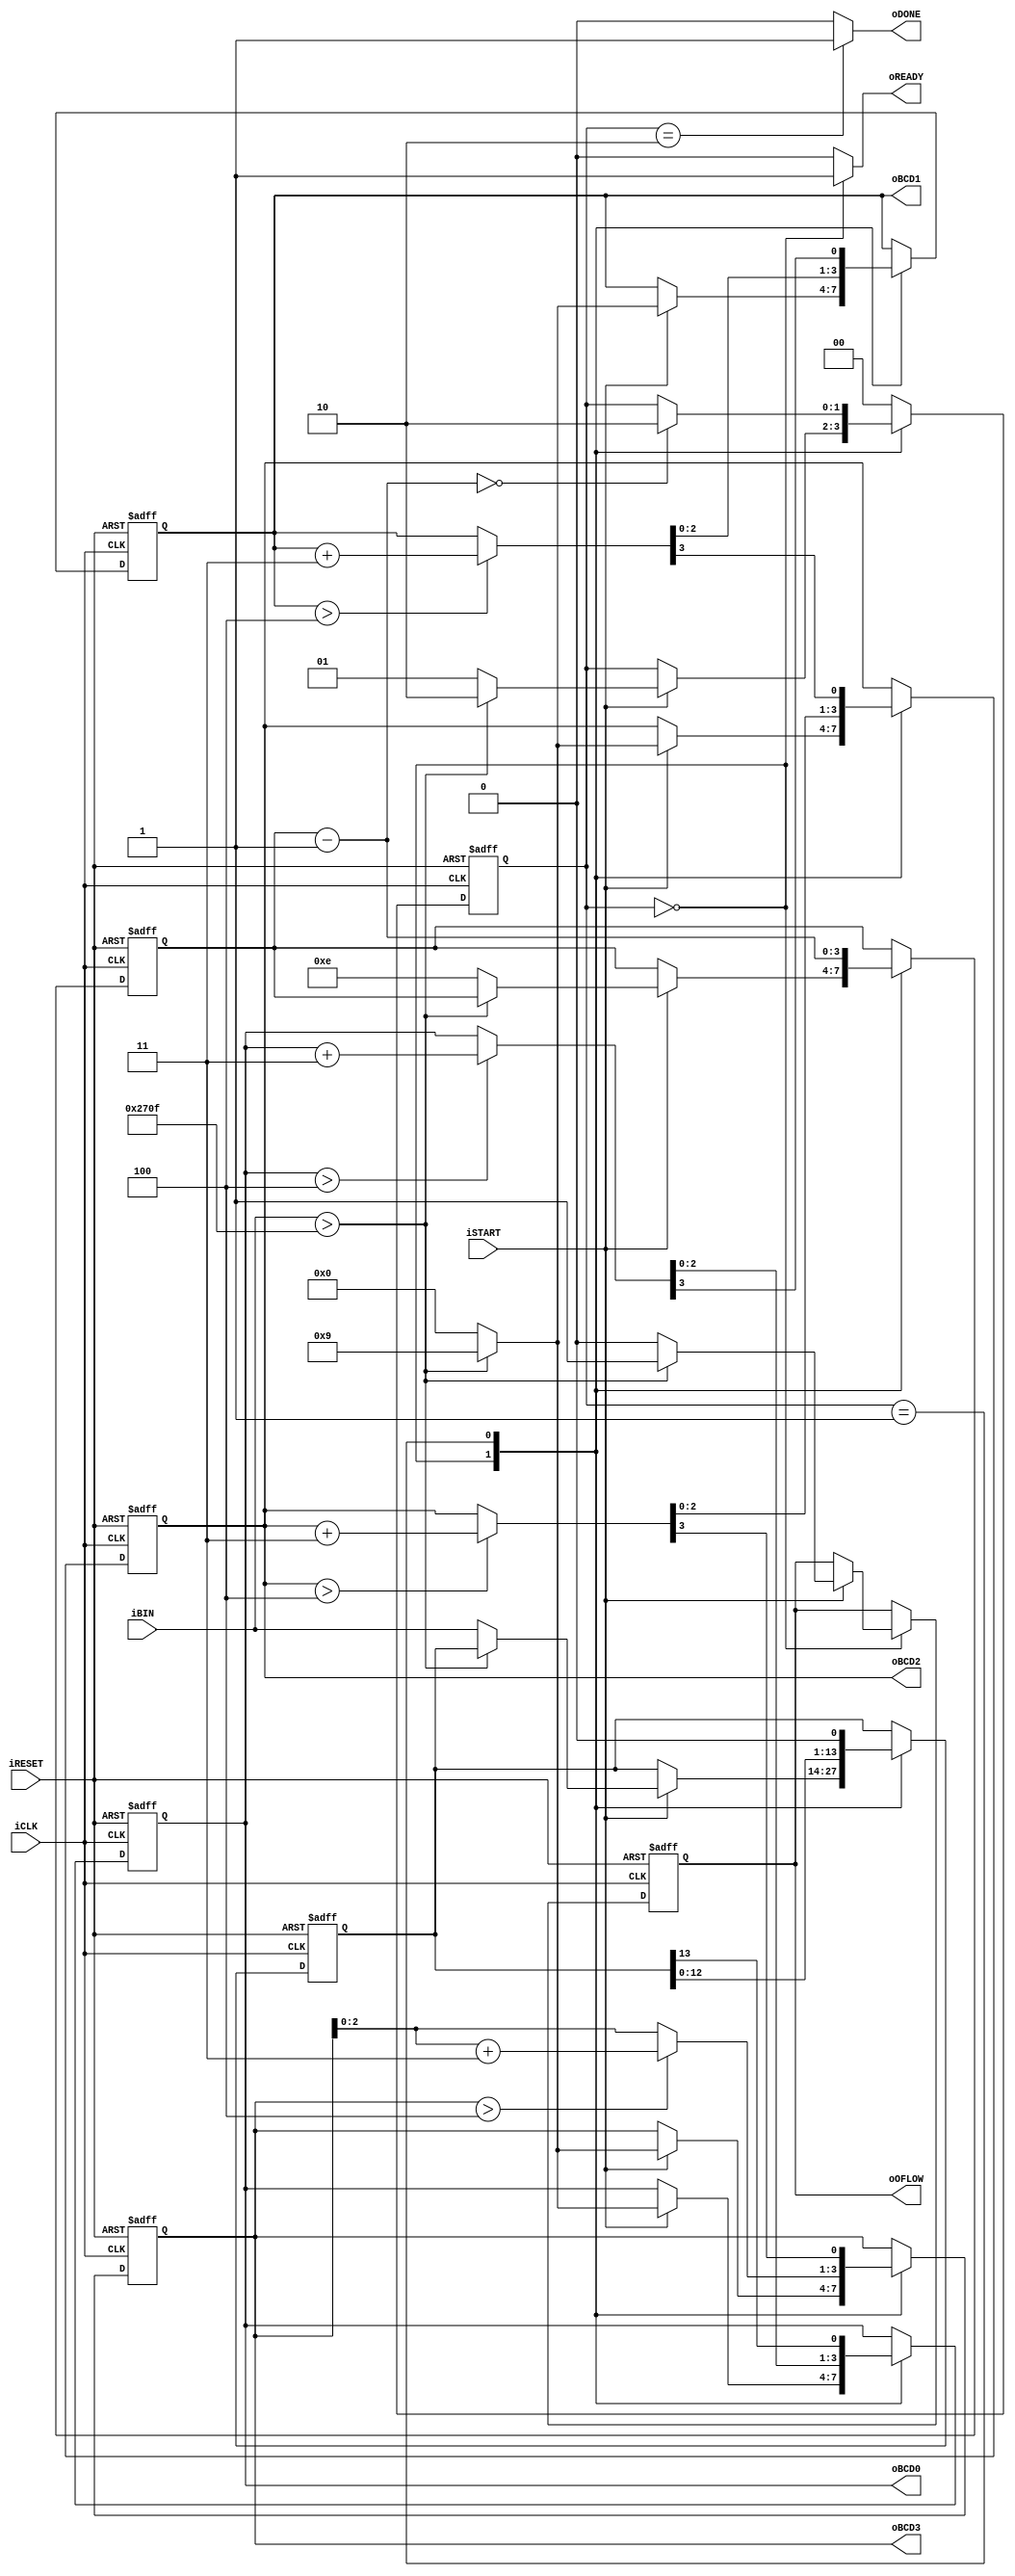
module bin2bcd
	(
		input wire iCLK, iRESET,
		input wire iSTART,
		input wire [13:0] iBIN,
		output reg oREADY, oDONE, oOFLOW,
		output wire [3:0] oBCD3, oBCD2, oBCD1, oBCD0
	);
	
	// symbolic state declaration
	localparam [1:0]
		idle = 2'b00,
		op   = 2'b01,
		done = 2'b10;
	
	// signal declaration
	reg [1:0] state_reg, state_next;
	reg [13:0] p2s_reg, p2s_next;
	reg [3:0] n_reg, n_next;
	reg [3:0] bcd3_reg, bcd2_reg, bcd1_reg, bcd0_reg;
	reg [3:0] bcd3_next, bcd2_next, bcd1_next, bcd0_next;
	wire [3:0] bcd3_tmp, bcd2_tmp, bcd1_tmp, bcd0_tmp;
	reg overflow_reg, overflow_next;

	// body
	// FSMD state and data registers
	always @(posedge iCLK, posedge iRESET)
		if (iRESET)
			begin
				state_reg <= idle;
				p2s_reg <= 0;
				n_reg <= 0;
				bcd3_reg <= 0;
				bcd2_reg <= 0;
				bcd1_reg <= 0;
				bcd0_reg <= 0;
				overflow_reg <= 0;
			end
		else
			begin
				state_reg <= state_next;
				p2s_reg <= p2s_next;
				n_reg <= n_next;
				bcd3_reg <= bcd3_next;
				bcd2_reg <= bcd2_next;
				bcd1_reg <= bcd1_next;
				bcd0_reg <= bcd0_next;
				overflow_reg <= overflow_next;
			end
	
	// FSMD next-state logic
	always @*
	begin
		oREADY = 1'b0;
		oDONE = 1'b0;
		oOFLOW = overflow_reg;

		p2s_next = p2s_reg;
		bcd0_next = bcd0_reg;
		bcd1_next = bcd1_reg;
		bcd2_next = bcd2_reg;
		bcd3_next = bcd3_reg;
		n_next = n_reg;
		state_next = state_reg;
		overflow_next = overflow_reg;

		case (state_reg)
			idle:
				begin
					oREADY = 1'b1;
					if (iSTART)
						if (iBIN > 14'd9999)
							begin
								bcd3_next = 9;
								bcd2_next = 9;
								bcd1_next = 9;
								bcd0_next = 9;
								overflow_next = 1'b1;
								state_next = done;
							end
						else
							begin
								bcd3_next = 0;
								bcd2_next = 0;
								bcd1_next = 0;
								bcd0_next = 0;
								n_next = 4'd14;			// index
								p2s_next = iBIN;		// shift register
								overflow_next = 1'b0;
								state_next = op;
							end
				end
			op:
				begin
					// shift in iBINary bit
					p2s_next = p2s_reg << 1;
					// shift 4 BCD digits
					//{bcd3_next, bcd2_next, bcd1_next, bcd0_next}=
					//{bcd3_temp[2:0], bcd2_tmp, bcd1_tmp, bcd0_tmp,
					// p2s_reg[12]}

					bcd0_next = {bcd0_tmp[2:0], p2s_reg[13]};
					bcd1_next = {bcd1_tmp[2:0], bcd0_tmp[3]};
					bcd2_next = {bcd2_tmp[2:0], bcd1_tmp[3]};
					bcd3_next = {bcd3_tmp[2:0], bcd2_tmp[3]};
					n_next = n_reg - 1;
					if (n_next == 0)
						state_next = done;
				end
			done:
				begin
					oDONE = 1'b1;
					state_next = idle;
				end
			default: state_next = idle;
		endcase
	end

	// data path function units
	assign bcd0_tmp = (bcd0_reg > 4) ? bcd0_reg + 3 : bcd0_reg;
	assign bcd1_tmp = (bcd1_reg > 4) ? bcd1_reg + 3 : bcd1_reg;
	assign bcd2_tmp = (bcd2_reg > 4) ? bcd2_reg + 3 : bcd2_reg;
	assign bcd3_tmp = (bcd3_reg > 4) ? bcd3_reg + 3 : bcd3_reg;

	// output
	assign oBCD0 = bcd0_reg;
	assign oBCD1 = bcd1_reg;
	assign oBCD2 = bcd2_reg;
	assign oBCD3 = bcd3_reg;
endmodule